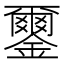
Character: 𨮪